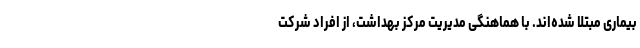
بیماری مبتلا شده‌اند. با هماهنگی مدیریت مرکز بهداشت، از افراد شرکت